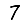
Digit: 7